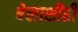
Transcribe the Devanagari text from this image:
बेलाशीही